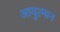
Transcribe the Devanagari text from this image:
आयुश्मान